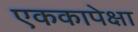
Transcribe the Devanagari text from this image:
एककापेक्षा